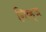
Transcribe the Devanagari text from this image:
गिव्ह्‌ज